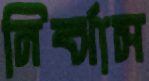
নির্ঝাস